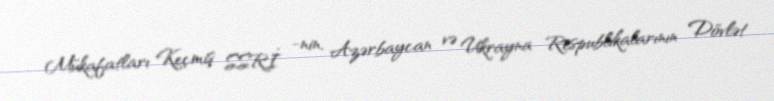
Mükafatları Keçmiş SSRİ -nin, Azərbaycan və Ukrayna Respublikalarının Dövlət